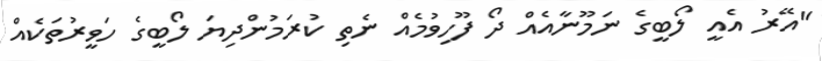
"އޭރު އެއީ ލޯބީގެ ނަމޫނާއެއް ދޯ ފޫހިވުމެއް ނެތި ކުރަމުންދިޔަ ލޯބީގެ ހަވީރުތަކެއް